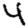
Digit: 4